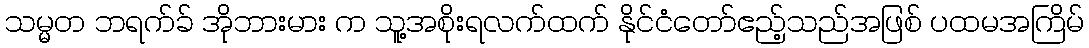
သမ္မတ ဘရက်ခ် အိုဘားမား က သူ့အစိုးရလက်ထက် နိုင်ငံတော်ဧည့်သည်အဖြစ် ပထမအကြိမ်